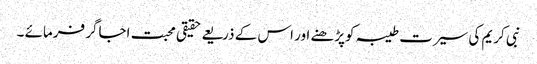
نبی کریم کی سیرت طیبہ کوپڑھنے اور اس کے ذریعے حقیقی محبت اجاگر فرمائے ۔